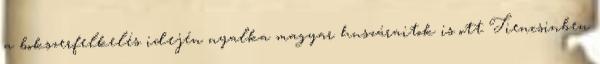
a bokszerfelkelés idején nyalka magyar huszáraitok is ott Tiencsinben